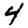
Digit: 4